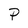
Character: P